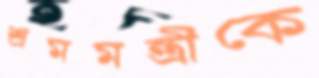
শ্রমমন্ত্রীকে